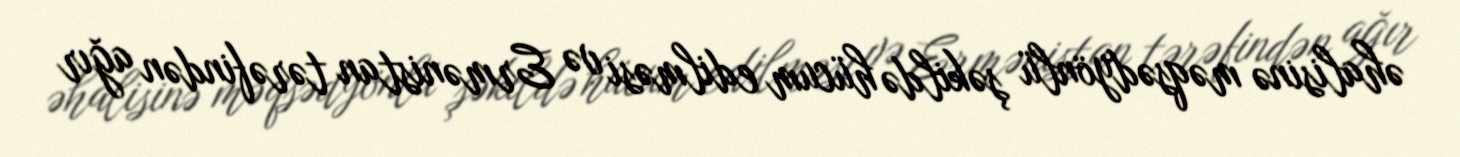
əhalisinə məqsədyönlü şəkildə hücum edilməsi və Ermənistan tərəfindən ağır